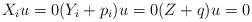
LaTeX: \begin{align*}X_i u = 0(Y_i + p_i) u = 0(Z + q) u = 0\end{align*}